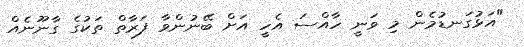
"އަޅުގަނޑުމެން މި ވަނީ ހާއްސަ އެހީ އަށް ބޭނުންވާ ފަރާތް ތަކުގެ ގާނޫނެއް